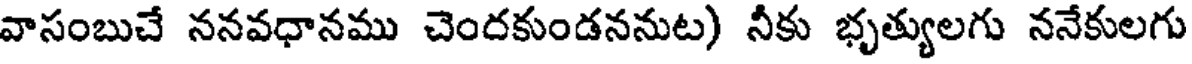
వాసంబుచే ననవధానము చెందకుండననుట) నీకు భృత్యులగు ననేకులగు